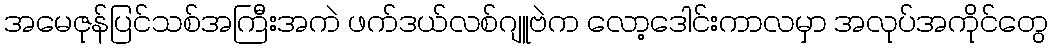
အမေဇုန်ပြင်သစ်အကြီးအကဲ ဖက်ဒယ်လစ်ဂျူဗဲက လော့ဒေါင်းကာလမှာ အလုပ်အကိုင်တွေ